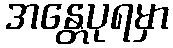
အန္တေပုရမှာ